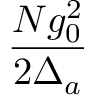
\frac { N g _ { 0 } ^ { 2 } } { 2 \Delta _ { a } }